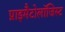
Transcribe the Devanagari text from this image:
प्राइमैटोलॉजिस्ट